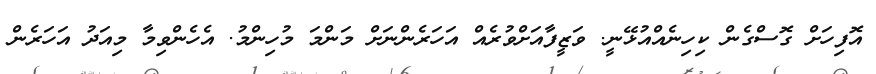
އޮފިހަށް ގޮސްގެން ކިހިނެއްއުޅޭނީ. ވަޒީފާއަށްވުރެއް އަހަރެންނަށް މަންމަ މުހިންމު. އެހެންވިމާ މިއަދު އަހަރެން